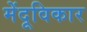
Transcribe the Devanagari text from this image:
मेंदूविकार